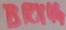
Text: BRX44